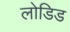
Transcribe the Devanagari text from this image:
लोडिड